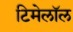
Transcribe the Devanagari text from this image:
टिमेलॉल